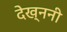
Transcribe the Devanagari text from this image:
देख्ननी